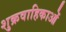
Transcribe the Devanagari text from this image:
शुक्रवाहिकाओं